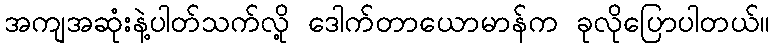
အကျအဆုံးနဲ့ပါတ်သက်လို့ ဒေါက်တာယောမာန်က ခုလိုပြောပါတယ်။